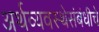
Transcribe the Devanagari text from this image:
अर्थव्यवस्थेसंबंधीचे